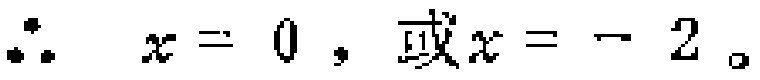
\(\therefore x = 0，或x = - 2。\)